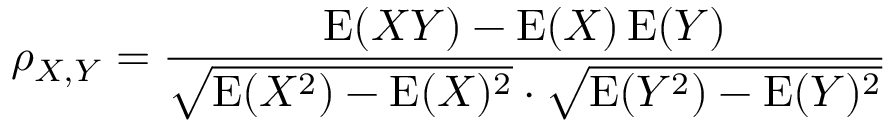
\rho _ { X , Y } = { \frac { \operatorname { E } ( X Y ) - \operatorname { E } ( X ) \operatorname { E } ( Y ) } { { \sqrt { \operatorname { E } ( X ^ { 2 } ) - \operatorname { E } ( X ) ^ { 2 } } } \cdot { \sqrt { \operatorname { E } ( Y ^ { 2 } ) - \operatorname { E } ( Y ) ^ { 2 } } } } }